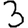
Digit: 3